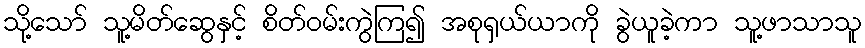
သို့သော် သူ့မိတ်ဆွေနှင့် စိတ်ဝမ်းကွဲကြ၍ အစုရှယ်ယာကို ခွဲယူခဲ့ကာ သူ့ဖာသာသူ